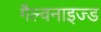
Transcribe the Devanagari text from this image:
गैल्वनाइज्ड